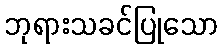
ဘုရားသခင်ပြုသော